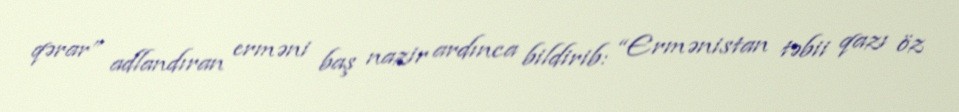
qərar” adlandıran erməni baş nazir ardınca bildirib: “Ermənistan təbii qazı öz